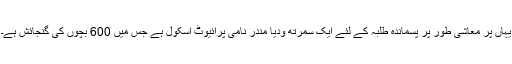
یہاں پر معاشی طور پر پسماندہ طلبہ کے لئے ایک سمرتھ ودیا مندر نامی پرائیوٹ اسکول ہے جس میں 600 بچوں کی گنجائش ہے۔